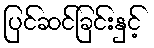
ပြင်ဆင်ခြင်းနှင့်